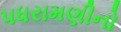
પધરામણીનો